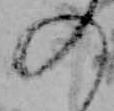
の